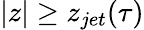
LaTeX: |z|\geq z_{jet}(\tau)